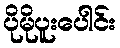
ပိုမိုပူးပေါင်း